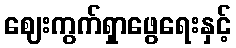
ဈေးကွက်ရှာဖွေရေးနှင့်